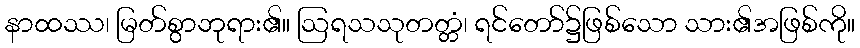
နာထဿ၊ မြတ်စွာဘုရား၏။ ဩရသသုတတ္တံ၊ ရင်တော်၌ဖြစ်သော သား၏အဖြစ်ကို။